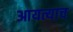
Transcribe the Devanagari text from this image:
आयत्याच